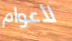
لأعوام